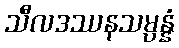
သီလဒဿနသမ္ပန္နံ